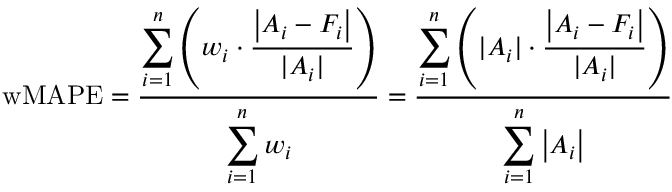
{ \mathrm { w M A P E } } = { \frac { \displaystyle \sum _ { i = 1 } ^ { n } \left( w _ { i } \cdot { \frac { \left| A _ { i } - F _ { i } \right| } { | A _ { i } | } } \right) } { \displaystyle \sum _ { i = 1 } ^ { n } w _ { i } } } = { \frac { \displaystyle \sum _ { i = 1 } ^ { n } \left( | A _ { i } | \cdot { \frac { \left| A _ { i } - F _ { i } \right| } { | A _ { i } | } } \right) } { \displaystyle \sum _ { i = 1 } ^ { n } \left| A _ { i } \right| } }